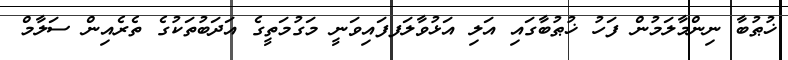
ޚުޠުބާ ނިންމާލަމުން ފަހު ޚުޠުބާގައި އަލި އަޅުވާލަފފައިވަނީ މަގުމަތީގެ އަދަބުތަކުގެ ތެރެއިން ސަލާމް